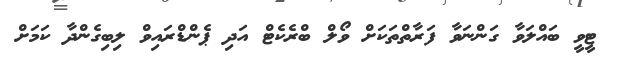
ޓީވީ ބައްލަވާ ގަންނަވާ ފަރާތްތަކަށް ވޯލް ބްރެކެޓް އަދި ޕެންޑްރައިވް ލިބިގެންދާ ކަމަށް